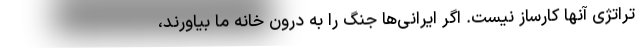
تراتژی آنها کارساز نیست. اگر ایرانی‌ها جنگ را به درون خانه ما بیاورند،